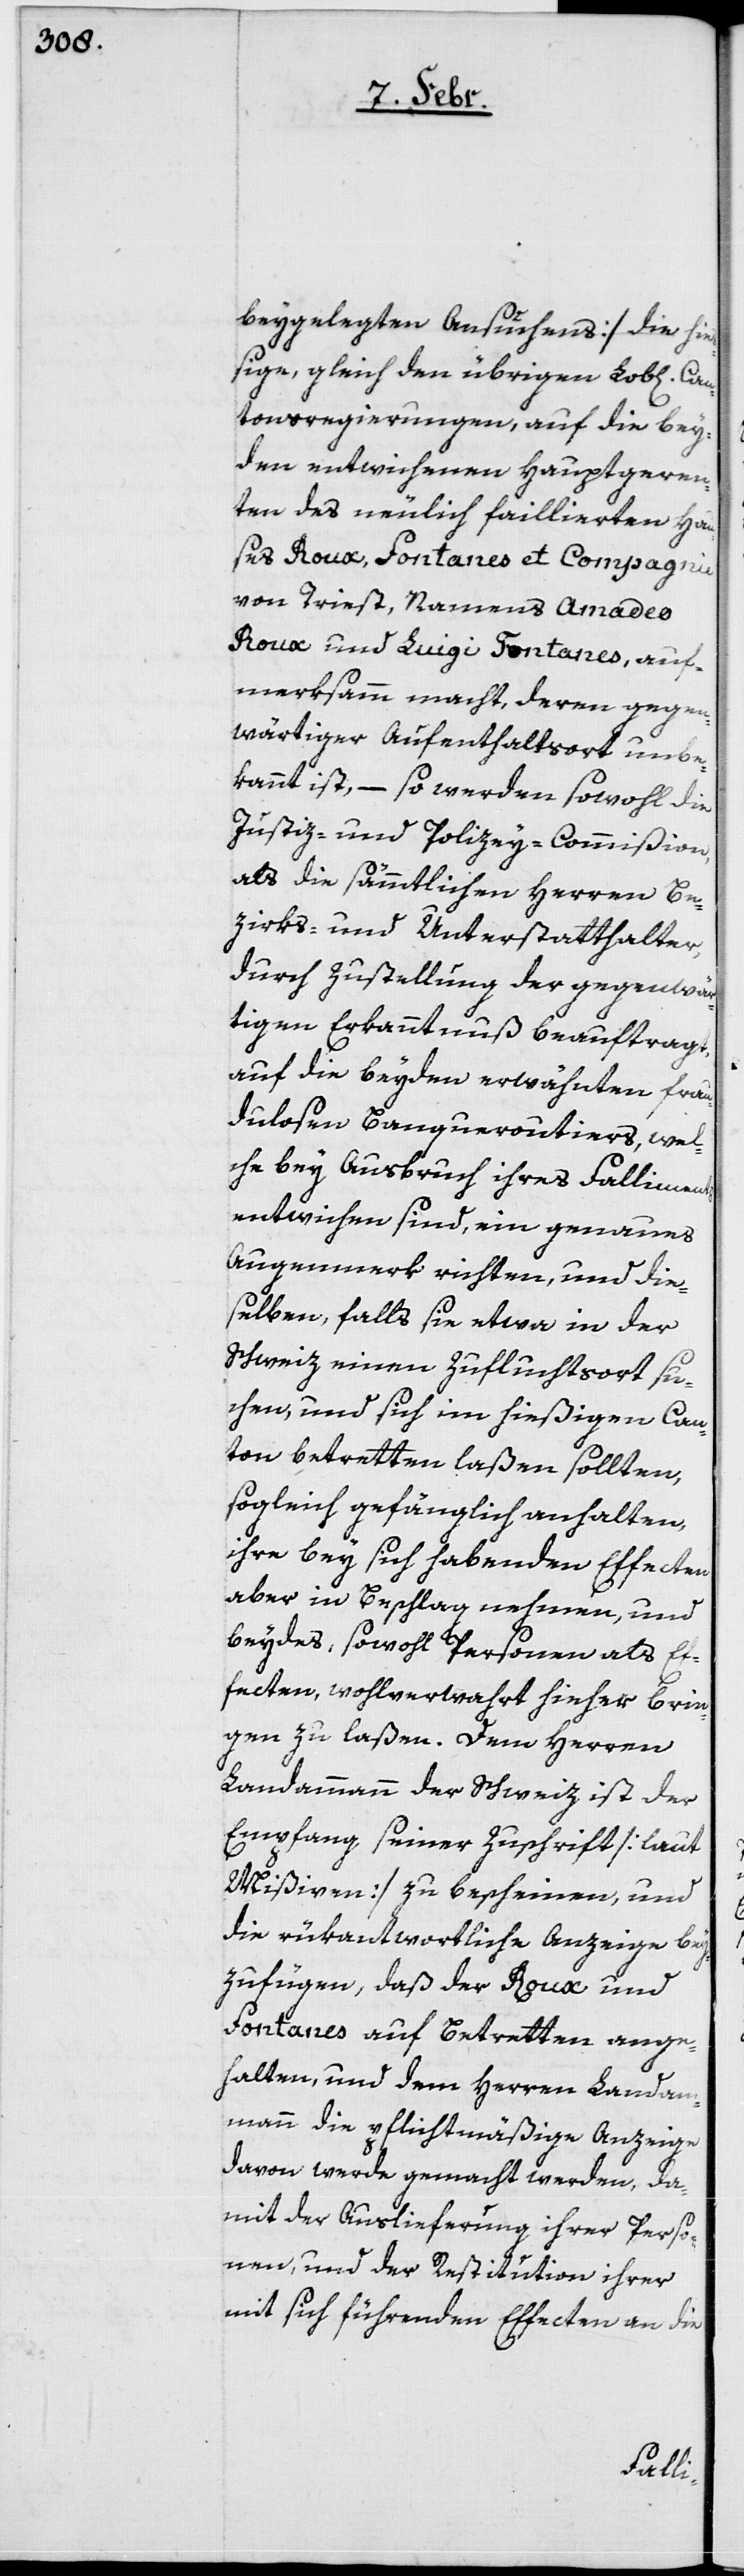
beygelegten Ansuchens] die hie¬
ßige, gleich den übrigen Lob[lichen]
Cantonsregierungen, auf die bey¬
den entwichenen Hauptgeren¬
ten des neulich faillierten Hau¬
ses Roux, Fontanes et Compagnie
von Triest, Namens Amadeo
Roux und Luigi Fontanes, auf¬
merksamm macht, deren gegen¬
wärtiger Aufenthaltsort unbe¬
kannt ist, – so werden sowohl die
Justiz- und Polizey-Commißion,
als die sämmtlichen Herren Be¬
zirks- und Unterstatthalter,
durch Zustellung der gegenwär¬
tigen Erkanntnuß beauftragt,
auf die beyden erwähnten frau¬
dulosen Banqueroutiers, wel¬
che bey Ausbruch ihres Falliments
entwichen sind, ein genaues
Augenmerk richten, und die¬
selben, falls sie etwa in der
Schweiz einen Zufluchtsort su¬
chen, und sich im hießigen Can¬
ton betretten laßen sollten,
sogleich gefänglich anhalten,
ihre bey sich habenden Effecten
aber in Beschlag nehmen, und
beydes, sowohl Personen als Ef¬
fecten, wohlverwahrt hieher brin¬
gen zu laßen. Dem Herren
Landammann der Schweiz ist der
Empfang seiner Zuschrift [laut
Mißiven] zu bescheinen, und
die rükantwortliche Anzeige bey¬
zufügen, daß der Roux und
Fontanes auf Betretten ange¬
halten, und dem Herren Landa¬
mmann die pflichtmäßige Anzeige
davon werde gemacht werden, da¬
mit der Auslieferung ihrer Perso¬
nen, und der Restitution ihrer
mit sich führenden Effecten an die